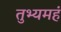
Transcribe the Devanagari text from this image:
तुभ्यमहं